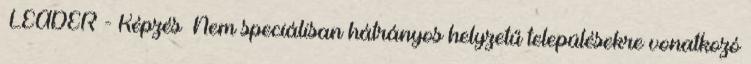
▪LEADER - Képzés ▪Nem speciálisan hátrányos helyzetű településekre vonatkozó